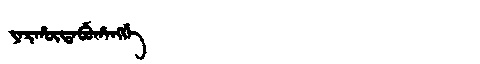
Manchu: ᠶᠠᡵᡥᡡᡩᠠᠪᡠᡥᠠᠩᡤᡝ
Romanization: YARHŪDABUHANGGE